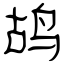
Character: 鸪